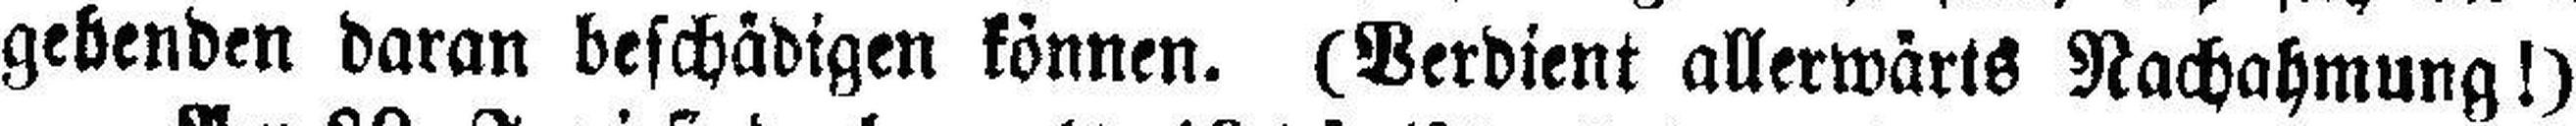
gebenden daran beschädigen können. (Verdient allerwärts Nachahmung!)